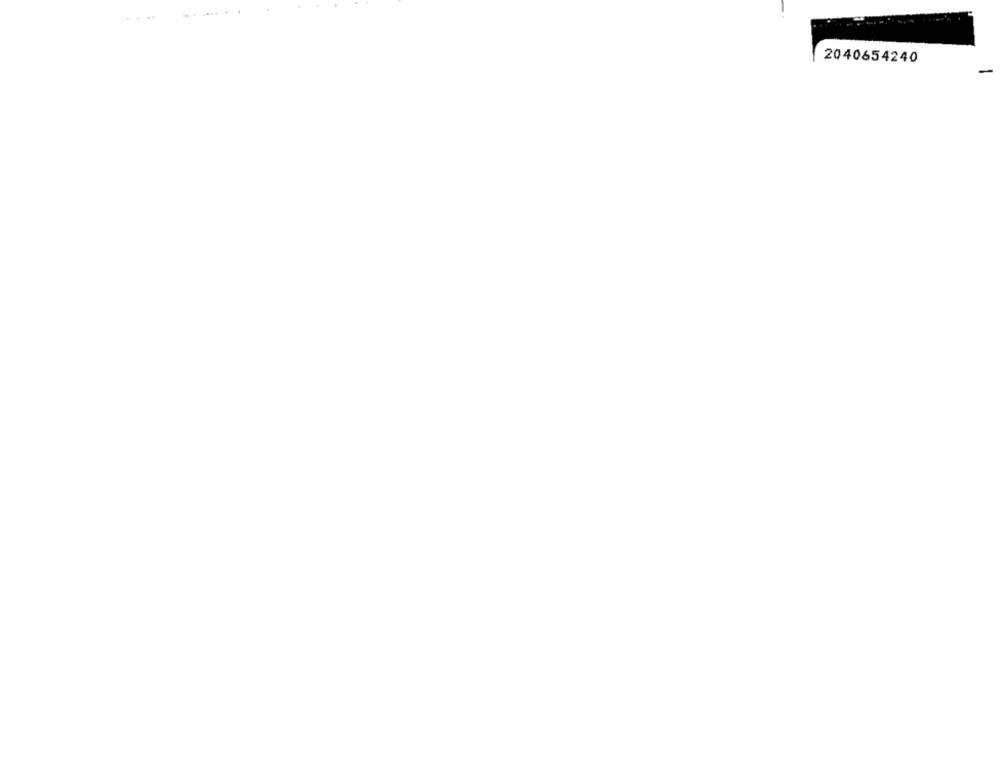
2040654240
-